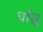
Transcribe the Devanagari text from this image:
धाँसू